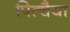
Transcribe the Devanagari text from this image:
पित्चैया